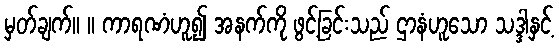
မှတ်ချက်။ ။ ကာရဏံဟူ၍ အနက်ကို ဖွင့်ခြင်းသည် ဌာနံဟူသော သဒ္ဒါနှင့်